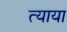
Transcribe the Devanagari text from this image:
त्याया